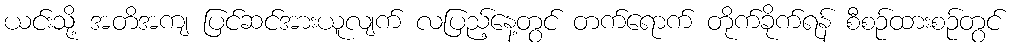
ယင်းသို့ အတိအကျ ပြင်ဆင်အားယူလျက် လပြည့်နေ့တွင် တက်ရောက် တိုက်ခိုက်ရန် စီစဉ်ထားစဉ်တွင်